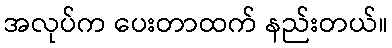
အလုပ်က ပေးတာထက် နည်းတယ်။